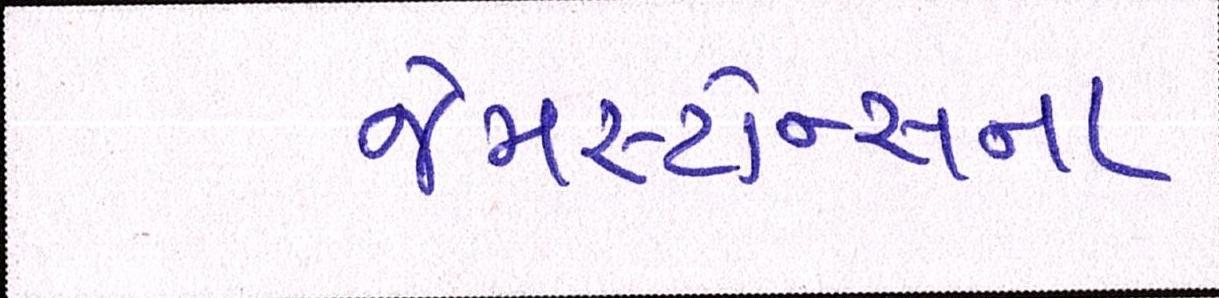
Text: જેમસ્ટોન્સના